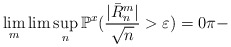
\begin{align*}\lim_{m}\lim\sup_{n}\mathbb{P}^{x}(\frac{|\bar{R}_{n}^{m}|}{\sqrt{n}}>\varepsilon)=0\pi- \end{align*}